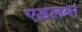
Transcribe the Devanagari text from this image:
एडलबा